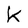
Character: K